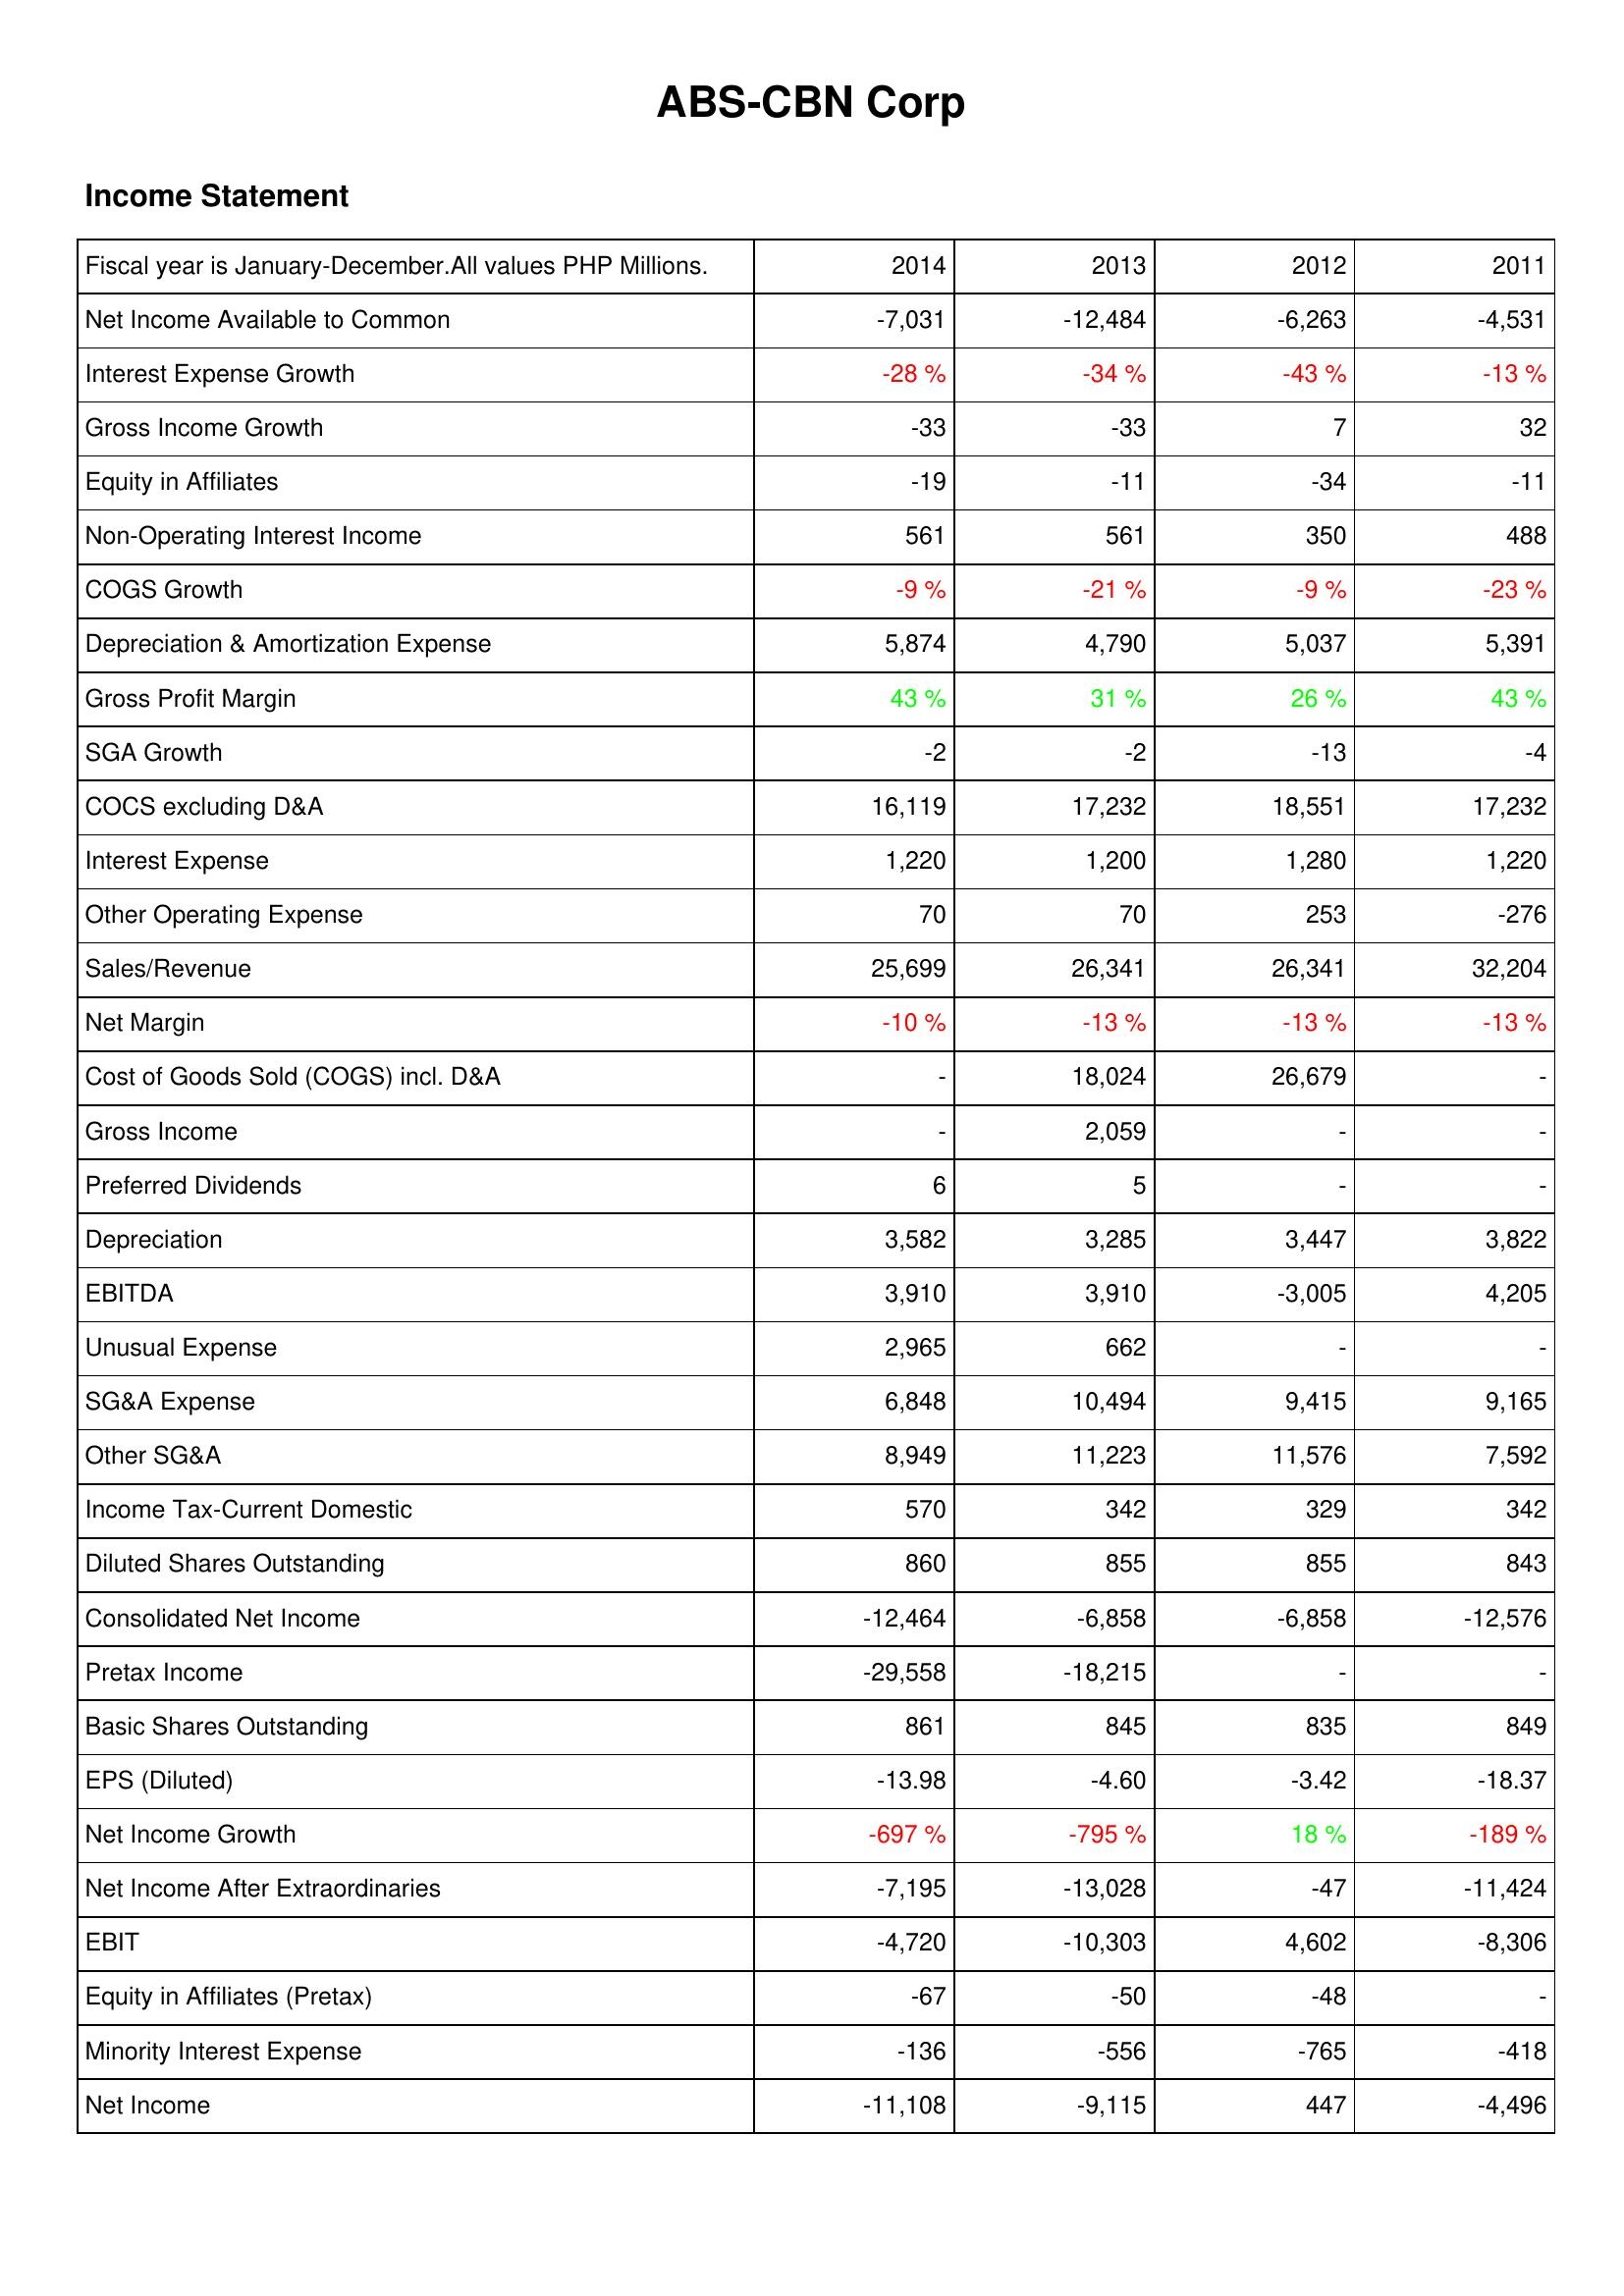
2014: Income Statement: Net Income Available to Common: -7,031
Interest Expense Growth: -28 %
Gross Income Growth: -33
Equity in Affiliates: -19
Non-Operating Interest Income: 561
COGS Growth: -9 %
Depreciation & Amortization Expense: 5,874
Gross Profit Margin: 43 %
SGA Growth: -2
COCS excluding D&A: 16,119
Interest Expense: 1,220
Other Operating Expense: 70
Sales/Revenue: 25,699
Net Margin: -10 %
Cost of Goods Sold (COGS) incl. D&A: -
Gross Income: -
Preferred Dividends: 6
Depreciation: 3,582
EBITDA: 3,910
Unusual Expense: 2,965
SG&A Expense: 6,848
Other SG&A: 8,949
Income Tax-Current Domestic: 570
Diluted Shares Outstanding: 860
Consolidated Net Income: -12,464
Pretax Income: -29,558
Basic Shares Outstanding: 861
EPS (Diluted): -13.98
Net Income Growth: -697 %
Net Income After Extraordinaries: -7,195
EBIT: -4,720
Equity in Affiliates (Pretax): -67
Minority Interest Expense: -136
Net Income: -11,108
2013: Income Statement: Net Income Available to Common: -12,484
Interest Expense Growth: -34 %
Gross Income Growth: -33
Equity in Affiliates: -11
Non-Operating Interest Income: 561
COGS Growth: -21 %
Depreciation & Amortization Expense: 4,790
Gross Profit Margin: 31 %
SGA Growth: -2
COCS excluding D&A: 17,232
Interest Expense: 1,200
Other Operating Expense: 70
Sales/Revenue: 26,341
Net Margin: -13 %
Cost of Goods Sold (COGS) incl. D&A: 18,024
Gross Income: 2,059
Preferred Dividends: 5
Depreciation: 3,285
EBITDA: 3,910
Unusual Expense: 662
SG&A Expense: 10,494
Other SG&A: 11,223
Income Tax-Current Domestic: 342
Diluted Shares Outstanding: 855
Consolidated Net Income: -6,858
Pretax Income: -18,215
Basic Shares Outstanding: 845
EPS (Diluted): -4.60
Net Income Growth: -795 %
Net Income After Extraordinaries: -13,028
EBIT: -10,303
Equity in Affiliates (Pretax): -50
Minority Interest Expense: -556
Net Income: -9,115
2012: Income Statement: Net Income Available to Common: -6,263
Interest Expense Growth: -43 %
Gross Income Growth: 7
Equity in Affiliates: -34
Non-Operating Interest Income: 350
COGS Growth: -9 %
Depreciation & Amortization Expense: 5,037
Gross Profit Margin: 26 %
SGA Growth: -13
COCS excluding D&A: 18,551
Interest Expense: 1,280
Other Operating Expense: 253
Sales/Revenue: 26,341
Net Margin: -13 %
Cost of Goods Sold (COGS) incl. D&A: 26,679
Gross Income: -
Preferred Dividends: -
Depreciation: 3,447
EBITDA: -3,005
Unusual Expense: -
SG&A Expense: 9,415
Other SG&A: 11,576
Income Tax-Current Domestic: 329
Diluted Shares Outstanding: 855
Consolidated Net Income: -6,858
Pretax Income: -
Basic Shares Outstanding: 835
EPS (Diluted): -3.42
Net Income Growth: 18 %
Net Income After Extraordinaries: -47
EBIT: 4,602
Equity in Affiliates (Pretax): -48
Minority Interest Expense: -765
Net Income: 447
2011: Income Statement: Net Income Available to Common: -4,531
Interest Expense Growth: -13 %
Gross Income Growth: 32
Equity in Affiliates: -11
Non-Operating Interest Income: 488
COGS Growth: -23 %
Depreciation & Amortization Expense: 5,391
Gross Profit Margin: 43 %
SGA Growth: -4
COCS excluding D&A: 17,232
Interest Expense: 1,220
Other Operating Expense: -276
Sales/Revenue: 32,204
Net Margin: -13 %
Cost of Goods Sold (COGS) incl. D&A: -
Gross Income: -
Preferred Dividends: -
Depreciation: 3,822
EBITDA: 4,205
Unusual Expense: -
SG&A Expense: 9,165
Other SG&A: 7,592
Income Tax-Current Domestic: 342
Diluted Shares Outstanding: 843
Consolidated Net Income: -12,576
Pretax Income: -
Basic Shares Outstanding: 849
EPS (Diluted): -18.37
Net Income Growth: -189 %
Net Income After Extraordinaries: -11,424
EBIT: -8,306
Equity in Affiliates (Pretax): -
Minority Interest Expense: -418
Net Income: -4,496